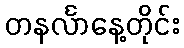
တနင်္လာနေ့တိုင်း